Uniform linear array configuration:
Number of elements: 16
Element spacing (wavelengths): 0.5
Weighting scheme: exponential
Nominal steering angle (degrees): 45
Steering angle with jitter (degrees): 43.367
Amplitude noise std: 0.05
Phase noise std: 0.05

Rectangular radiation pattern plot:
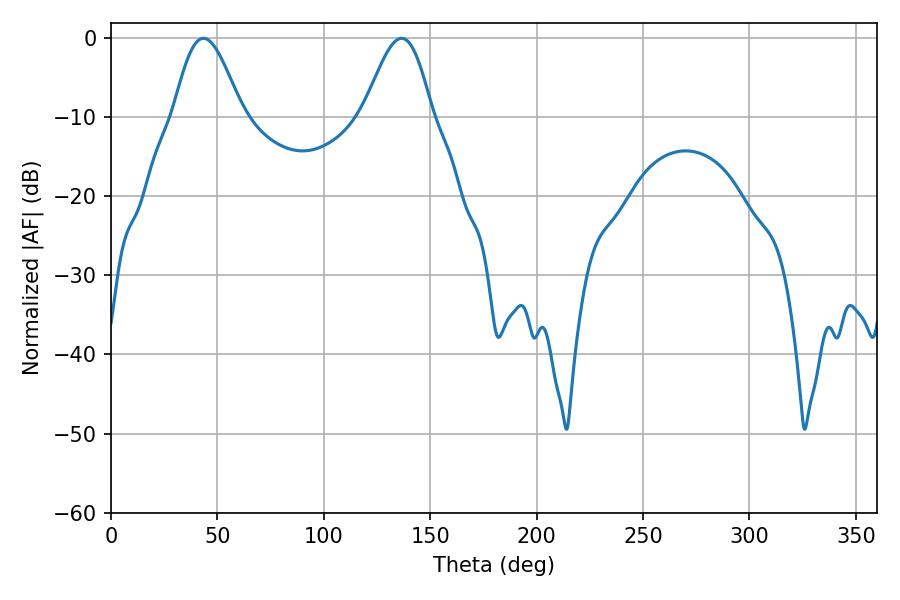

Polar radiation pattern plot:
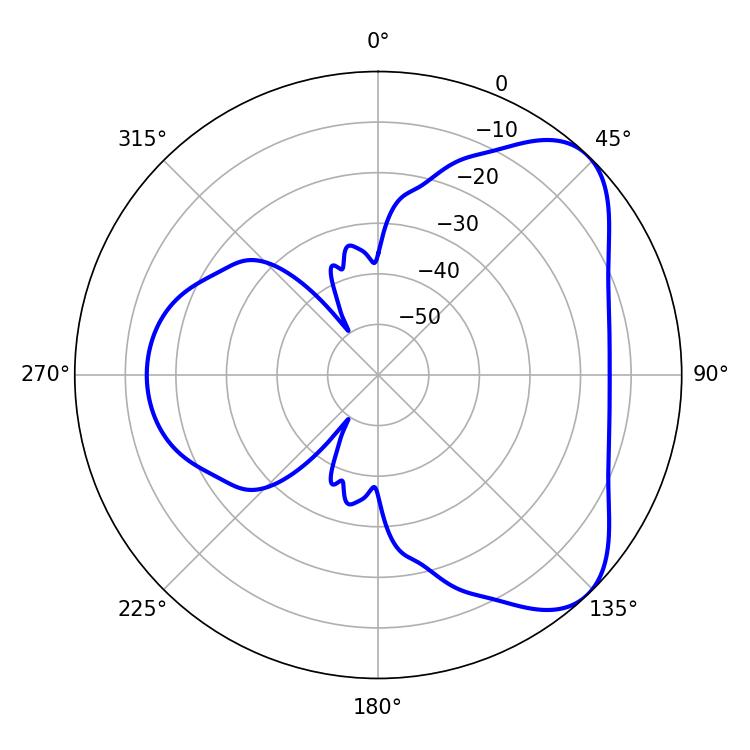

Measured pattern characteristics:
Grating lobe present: FALSE
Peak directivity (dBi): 6.125
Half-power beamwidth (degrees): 17.1
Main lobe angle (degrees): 43.38